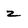
Character: z